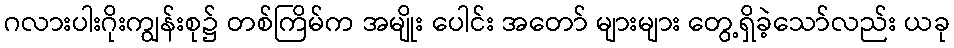
ဂလားပါးဂိုးကျွန်းစု၌ တစ်ကြိမ်က အမျိုး ပေါင်း အတော် များများ တွေ့ရှိခဲ့သော်လည်း ယခု